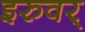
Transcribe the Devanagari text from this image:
इरुवर्